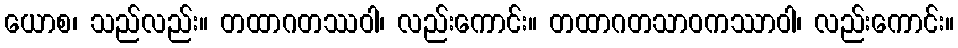
ယောစ၊ သည်လည်း။ တထာဂတဿဝါ၊ လည်းကောင်း။ တထာဂတသာဝကဿာဝါ၊ လည်းကောင်း။